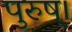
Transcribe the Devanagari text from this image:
पुरुष्।